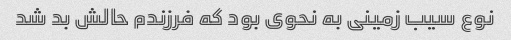
نوع سیب زمینی به نحوی بود که فرزندم حالش بد شد